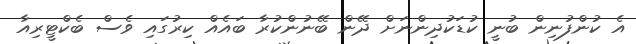
އެ ކުންފުނިން ބުނީ ކުޑަކުދިންނަށް ދޭން ބޭނުންކުރާ ބައެއް ކިރުގައި ވެސް ބެކްޓީރިއާ